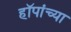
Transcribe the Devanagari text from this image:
हॉपांच्या